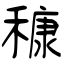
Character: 穅